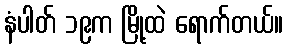
နံပါတ် ၁၉က မြို့ထဲ ရောက်တယ်။